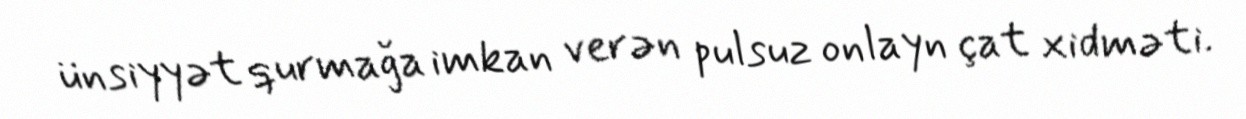
ünsiyyət qurmağa imkan verən pulsuz onlayn çat xidməti.